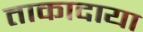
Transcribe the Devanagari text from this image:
ताकादाया